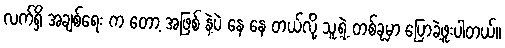
လက်ရှိ အချစ်ရေး က တော့ အဖြစ် နဲ့ပဲ နေ နေ တယ်လို့ သူ့ရဲ့ တစ်ခုမှာ ပြောခဲ့ဖူးပါတယ်။